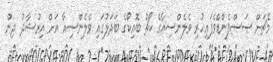
މެޗަށް ސަސްޕެންޑްވެފައިހުރި ވެލެންސިއާގެ ކޯޗު ބޮއިކޯގެ ބަދަލުގައި ވެލެންސިއާ އަށް އިރުޝާދު ދިން